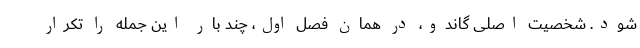
شود. شخصیت اصلی گاندو، در همان فصل اول، چند بار این جمله را تکرار